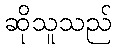
ဆိုသူသည်